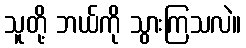
သူတို့ ဘယ်ကို သွားကြသလဲ။